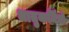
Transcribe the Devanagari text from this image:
धातुकर्मियों